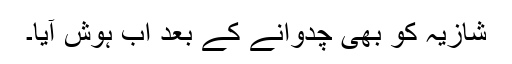
شازیہ کو بھی چدوانے کے بعد اب ہوش آیا۔